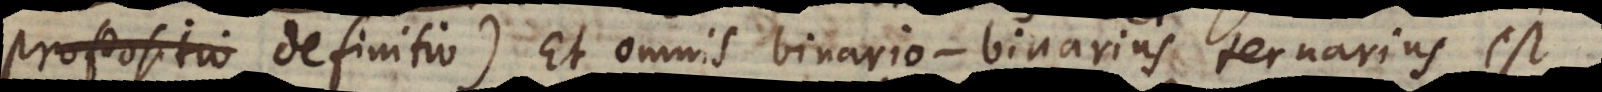
rii definitio). Et omnis binario‐binarius ternarius est